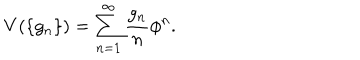
LaTeX: V ( \{ g _ { n } \} ) = \sum _ { n = 1 } ^ { \infty } \frac { g _ { n } } { n } \phi ^ { n } .